Report on sanitation, dispensaries, and jails in Rajputana for 1920, and on vaccination for the year 1920-1921 - 1920-1921
Year: 1920
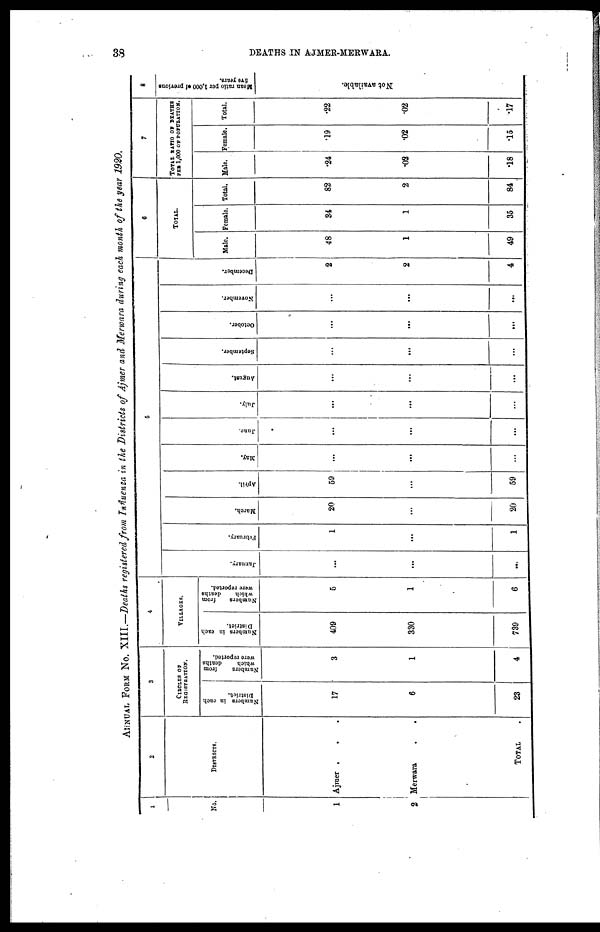
38
DEATHS IN AJMER-MERWARA.
ANNUAL FORM No. XIII.—Deaths registered from Influenza in the Districts of Ajmer and Merwara during each month of the year 1920.
1
No.
1
2
2
DISTRICTS.
Ajmer . . .
Merwara . .
TOTAL
3
CIRCLES OF
REGISTRATION.
Numbers in each
District.
17
6
23
Numbers
from
which
deaths
were reported.
3
1
4
4
VILLAGES.
Numbers in each
District.
409
330
739
Numbers
from
which
deaths
were reported.
5
1
6
5
January.
...
...
...
February.
1
...
1
March.
20
...
20
April.
59
...
59
May.
...
...
...
June.
...
...
...
July.
...
...
...
August.
...
...
...
September.
...
...
...
October.
...
...
...
November.
...
...
...
December.
2
2
4
6
TOTAL.
Male.
48
1
49
Female.
34
1
35
Total.
82
2
84
7
TOTAL RATIO OF DEATHS
PER 1,000 OF POPULATION.
Male.
.24
.02
.18
Female.
.19
.02
.15
Total.
.22
.02
.17
8
Mean ratio per 1,000 of previous
five years.
Not available.